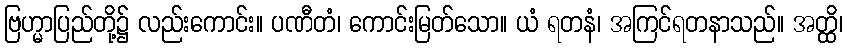
ဗြဟ္မာပြည်တို့၌ လည်းကောင်း။ ပဏီတံ၊ ကောင်းမြတ်သော။ ယံ ရတနံ၊ အကြင်ရတနာသည်။ အတ္ထိ၊